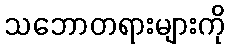
သဘောတရားများကို